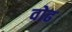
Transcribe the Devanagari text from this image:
वोढ